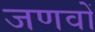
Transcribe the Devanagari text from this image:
जणवों